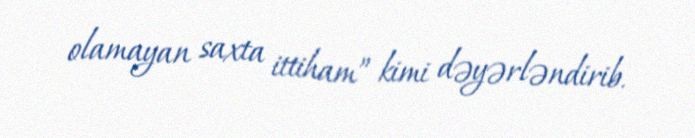
olamayan saxta ittiham” kimi dəyərləndirib.